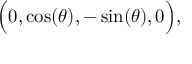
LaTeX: { \Big ( } 0 , \cos ( \theta ) , - \sin ( \theta ) , 0 { \Big ) } ,